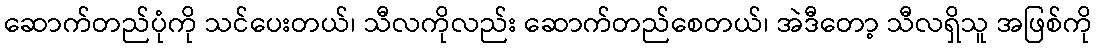
ဆောက်တည်ပုံကို သင်ပေးတယ်၊ သီလကိုလည်း ဆောက်တည်စေတယ်၊ အဲဒီတော့ သီလရှိသူ အဖြစ်ကို